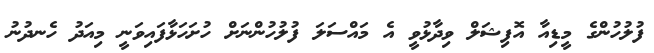
ފުލުހުންގެ މީޑިއާ އޮފިޝަލް ވިދާޅުވީ އެ މައްސަލަ ފުލުހުންނަށް ހުށަހަޅާފައިވަނީ މިއަދު ހެނދުނު